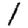
Digit: 1